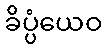
ခိပ္ပံယေဝ